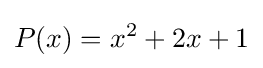
P(x)=x^{2}+2x+1